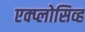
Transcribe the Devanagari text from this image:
एक्प्लोसिव्ह